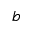
b